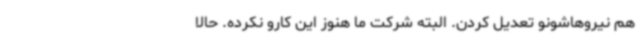
هم نیروهاشونو تعدیل کردن. البته شرکت ما هنوز این کارو نکرده. حالا